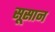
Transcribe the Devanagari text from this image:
सूसान